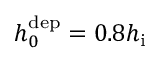
h _ { 0 } ^ { \mathrm { d e p } } = 0 . 8 h _ { \mathrm { i } }